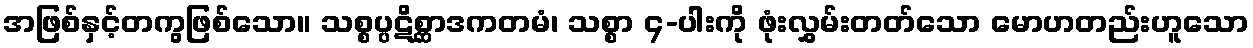
အဖြစ်နှင့်တကွဖြစ်သော။ သစ္စပ္ပဋိစ္ဆာဒကတမံ၊ သစ္စာ ၄-ပါးကို ဖုံးလွှမ်းတတ်သော မောဟတည်းဟူသော